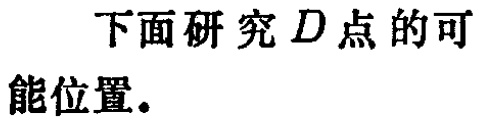
下面研究 \(D\) 点的可
能位置.